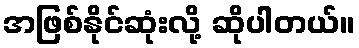
အဖြစ်နိုင်ဆုံးလို့ ဆိုပါတယ်။